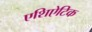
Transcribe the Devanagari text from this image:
एशिऐटिक